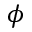
\phi